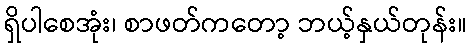
ရှိပါစေအုံး၊ စာဖတ်ကတော့ ဘယ့်နှယ်တုန်း။